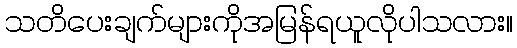
သတိပေးချက်များကိုအမြန်ရယူလိုပါသလား။